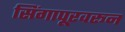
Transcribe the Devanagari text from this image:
सिंगापूरवरून